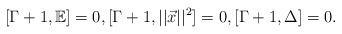
LaTeX: \begin{align*} [\Gamma+1, \mathbb{E}]=0,[\Gamma+1,||\vec{x}||^2]=0,[\Gamma+1,\Delta]=0.\end{align*}